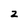
Character: 2